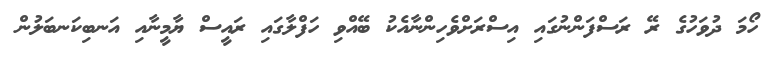
ހޯމަ ދުވަހުގެ ރޭ ރަސްފަންނުގައި އިސްރަށްވެހިންނާއެކު ބޭއްވި ހަފްލާގައި ރައީސް ޔާމީނާއި އަނބިކަނބަލުން